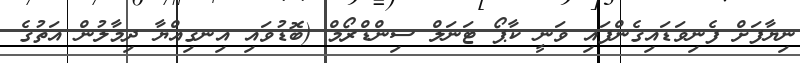
ނިޔާފަށް ފެނިވަޑައިގެންފައި ވަނީ ކާޕޯ ޓަނަލް ސިންޑްރޯމް (ބޮޑުވައި އިނގިއްޔާ ދިމާލުން އަތުގެ